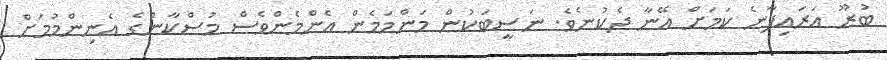
ބުރޫ އަރައިފާނެ ކަމަށް އޭނާ ދެކުނެވެ. ނަސީބަކުން މަންމަމެން އެންމެންވެސް މުސްކާންގެ އެނިންމުމަށް